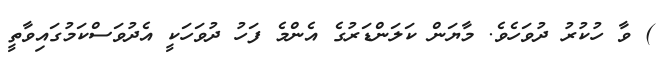
) ވާ ހުކުރު ދުވަހެވެ. މާޔަން ކަލަންޑަރުގެ އެންމެ ފަހު ދުވަހަކީ އެދުވަސްކަމުގައިވާތީ